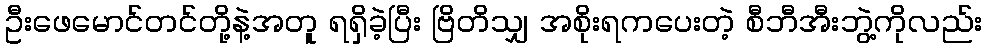
ဦးဖေမောင်တင်တို့နဲ့အတူ ရရှိခဲ့ပြီး ဗြိတိသျှ အစိုးရကပေးတဲ့ စီဘီအီးဘွဲ့ကိုလည်း